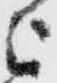
被